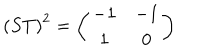
LaTeX: \left( S T \right) ^ { 2 } = \left( \begin{array} { c c } { { - 1 } } & { { - 1 } } \\ { { 1 } } & { { 0 } } \\ \end{array} \right)